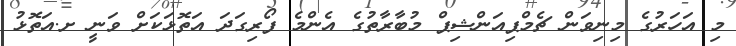
މި އަހަރުގެ މިނިވަން ޗެމްޕިއަންޝިޕް މުބާރާތުގެ އެންމެ ފޯރިގަދަ އަތޮޅަކަށް ވަނީ ށ.އަތޮޅު